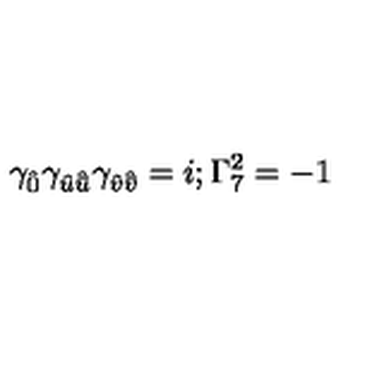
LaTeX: \gamma _ { \hat { 0 } } \gamma _ { { \hat { u } } { \hat { \bar { u } } } } \gamma _ { { \hat { v } } { \hat { \bar { v } } } } = i ; \Gamma _ { 7 } ^ { 2 } = - 1